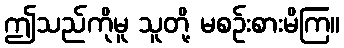
ဤသည်ကိုမူ သူတို့ မစဉ်းစားမိကြ။